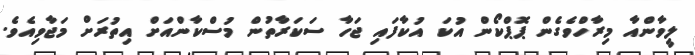
ލީވާންއާ މިރާހްވެގެން ޕޮޕްކޯން އުކަ އުކާފައި ޖަހާ ސަކަރާތުން މުސްކާންއަށް އިތުރަށް މަޖާވިއެވެ.